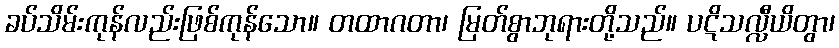
ခပ်သိမ်းကုန်လည်းဖြစ်ကုန်သော။ တထာဂတာ၊ မြတ်စွာဘုရားတို့သည်။ ပဋိသလ္လီယိတွာ၊